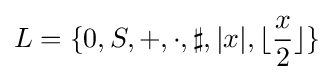
L=\{0,S,+,\cdot ,\sharp ,|x|,\lfloor {\frac {x}{2}}\rfloor \}